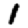
Digit: 1